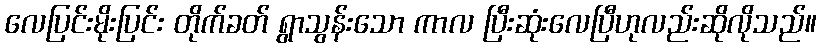
လေပြင်းမိုးပြင်း တိုက်ခတ် ရွာသွန်းသော ကာလ ပြီးဆုံးလေပြီဟုလည်းဆိုလိုသည်။